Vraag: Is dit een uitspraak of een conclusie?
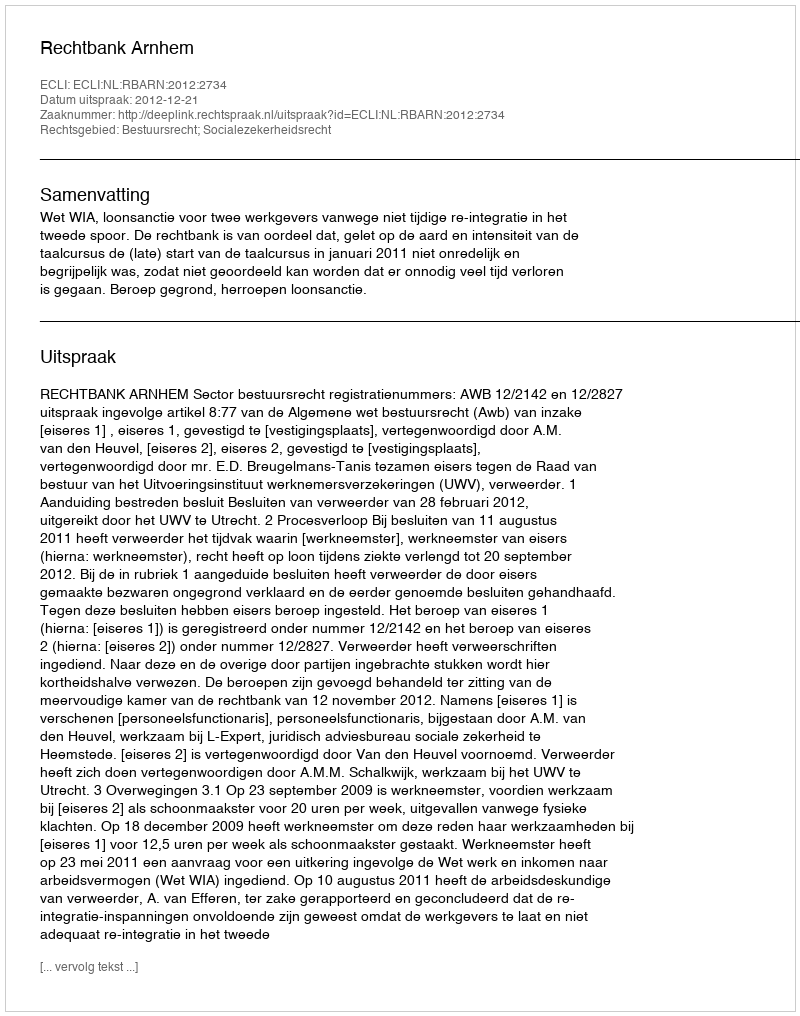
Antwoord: Uitspraak